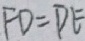
F D = D E